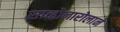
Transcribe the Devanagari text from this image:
साव्होनारोलाने